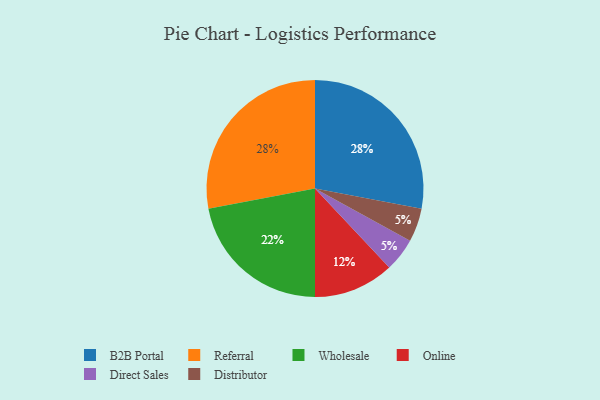
{"axis": {"x": "Category", "y": "Percentage"}, "legend": ["B2B Portal", "Direct Sales", "Distributor", "Online", "Referral", "Wholesale"], "data": [{"x": "B2B Portal", "y": 28, "type": "B2B Portal"}, {"x": "Wholesale", "y": 22, "type": "Wholesale"}, {"x": "Referral", "y": 28, "type": "Referral"}, {"x": "Online", "y": 12, "type": "Online"}, {"x": "Direct Sales", "y": 5, "type": "Direct Sales"}, {"x": "Distributor", "y": 5, "type": "Distributor"}]}